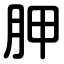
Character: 胛